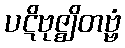
ပဋိဗုဇ္ဈိတဗ္ဗံ